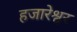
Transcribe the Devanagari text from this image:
हजारेश्वर